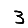
Digit: 3